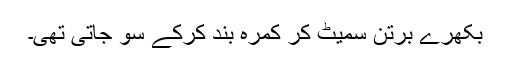
بکھرے برتن سمیٹ کر کمرہ بند کرکے سو جاتی تھی۔